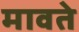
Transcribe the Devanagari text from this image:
मावते